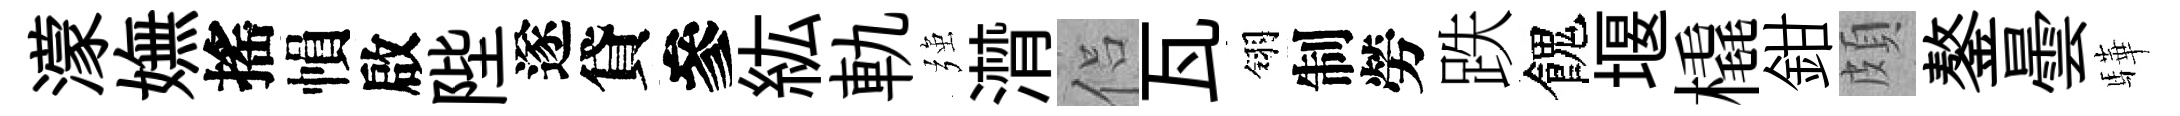
濛嫵搖𢄙啟陛遂貸參紘軌强潸侣瓦翎制勞跌餽堰橇鉗頗鏊曇驊